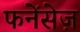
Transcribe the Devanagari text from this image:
फनेंसेज़